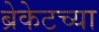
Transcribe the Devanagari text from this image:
ब्रेकेटच्या